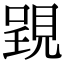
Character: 𧡈